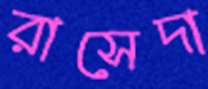
রাসেদা